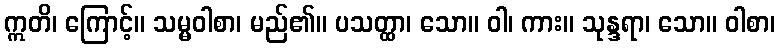
ဣတိ၊ ကြောင့်။ သမ္မဝါစာ၊ မည်၏။ ပသတ္ထာ၊ သော။ ဝါ၊ ကား။ သုန္ဒရာ၊ သော။ ဝါစာ၊